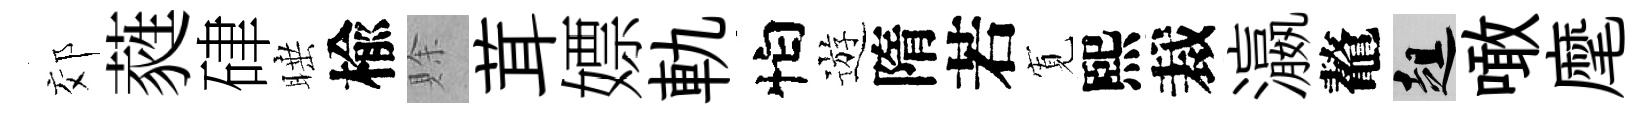
郊蕤硉睡楡賖茸嫖軌怕遊隋若𡩖熙裁瀛鼇趄噉麾